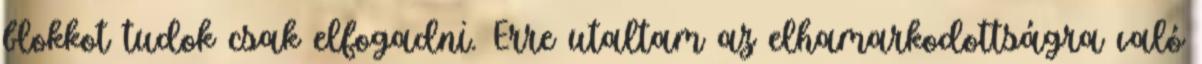
blokkot tudok csak elfogadni. Erre utaltam az elhamarkodottságra való